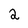
Character: 2